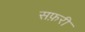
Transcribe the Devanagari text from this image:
सफ़री